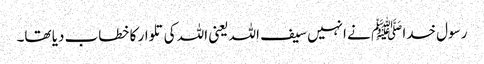
رسول خدا ﷺ نے انہیں سیف اللہ یعنی اللہ کی تلوار کا خطاب دیا تھا۔